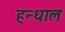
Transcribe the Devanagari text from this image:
हन्धाल